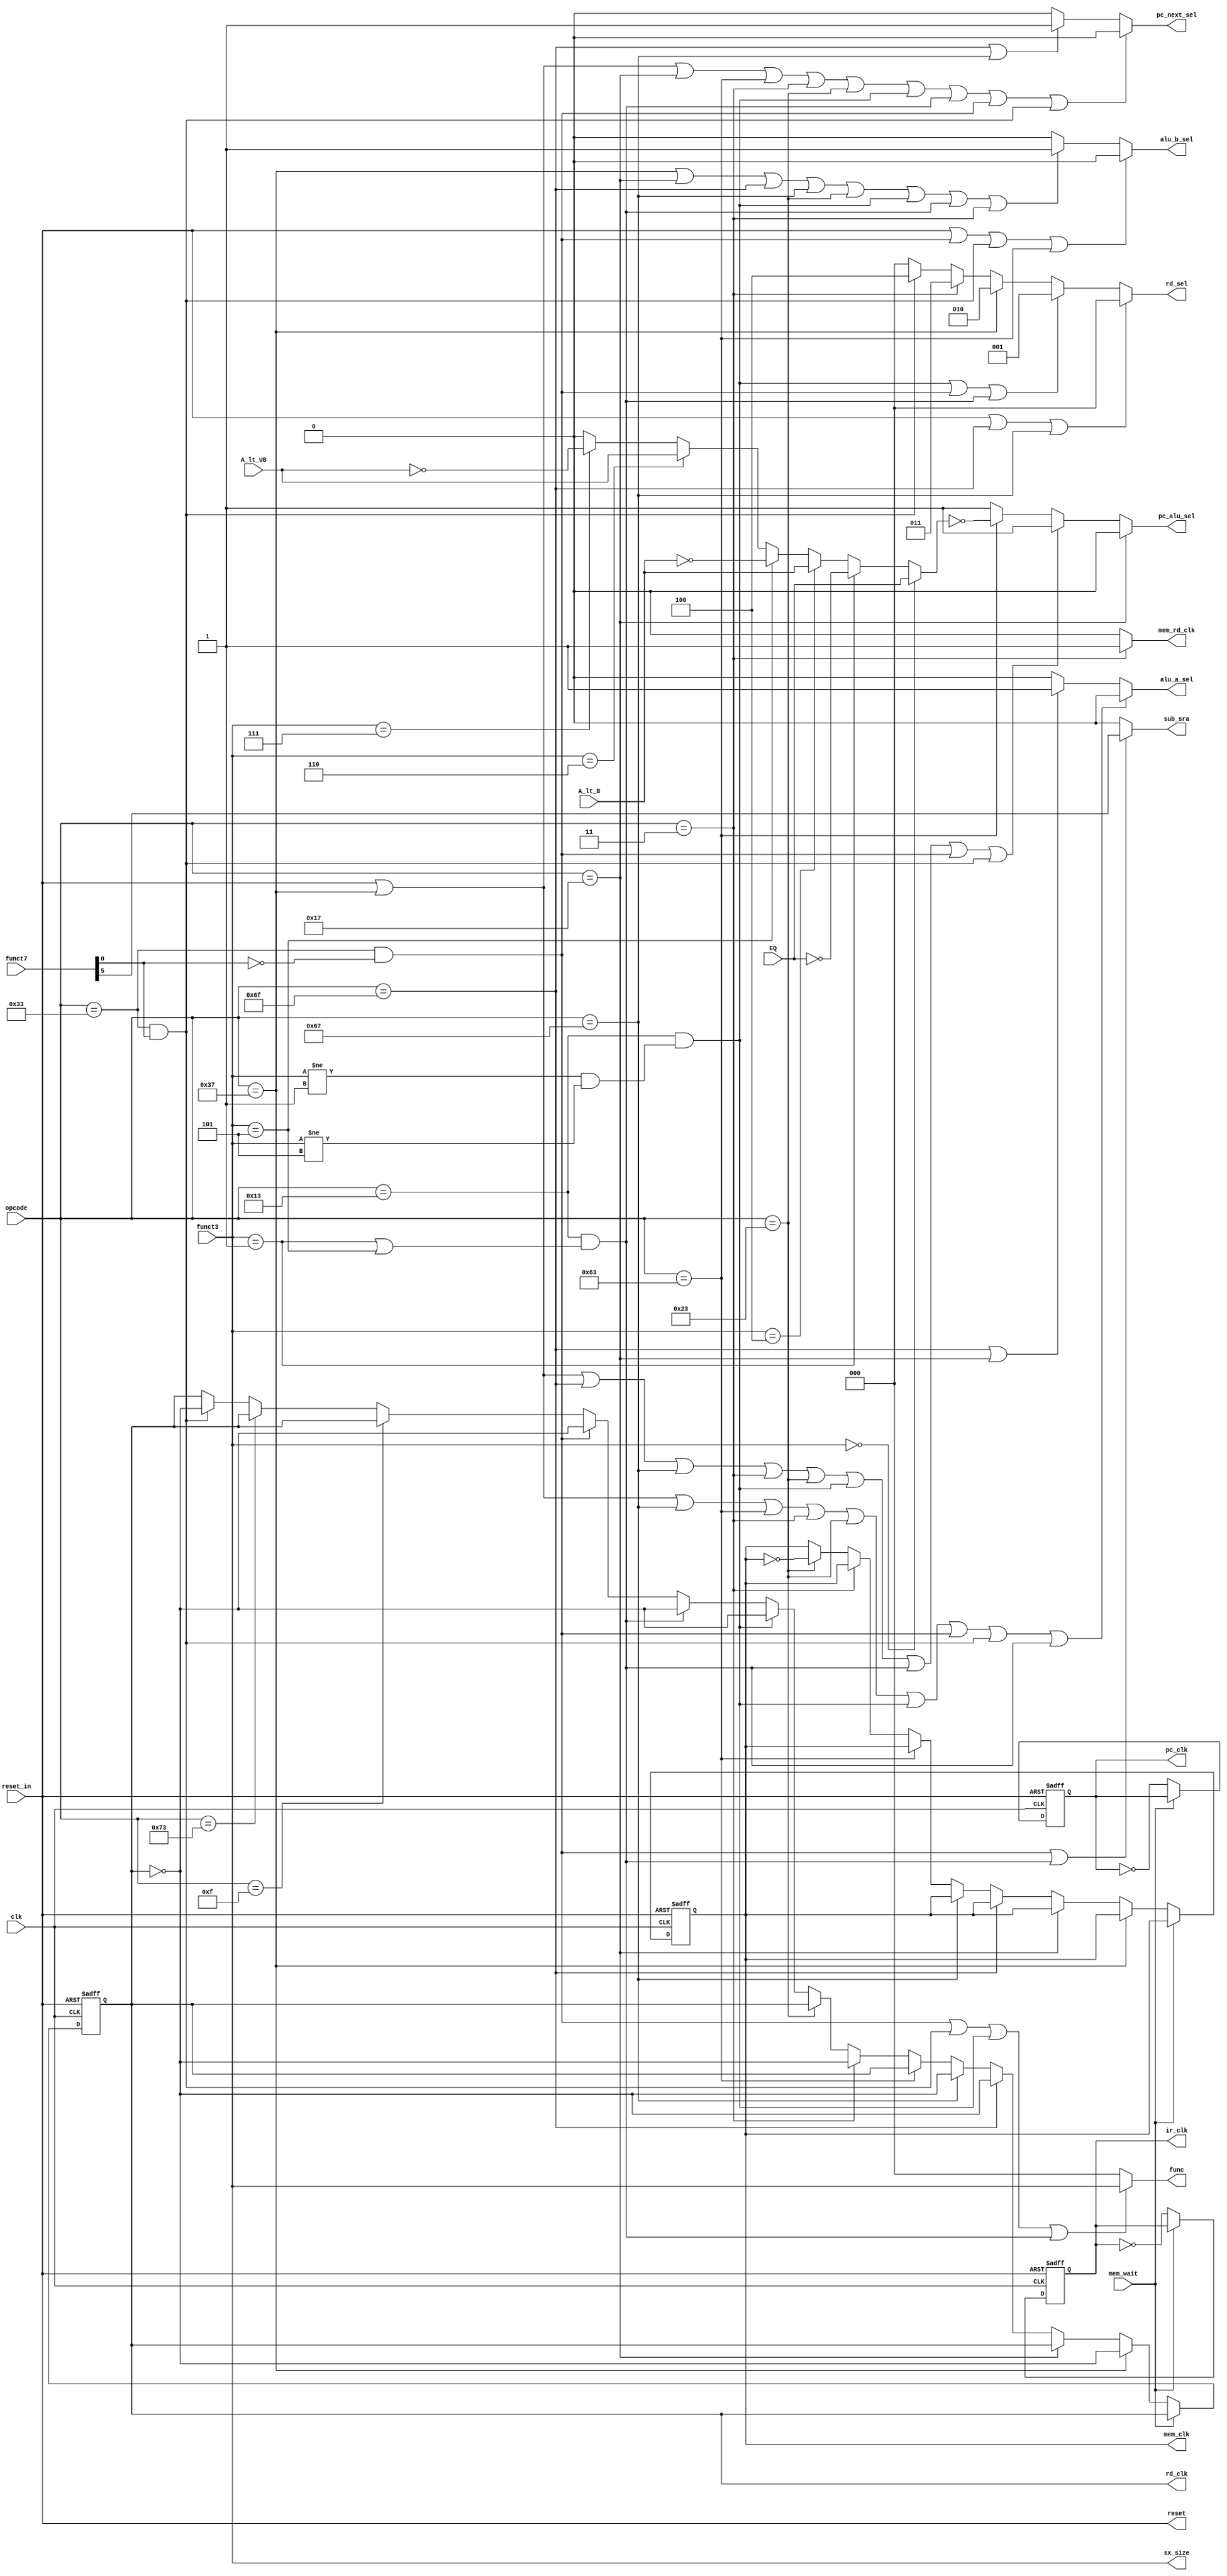
module control_fsm(

	input					clk,
	input					reset_in,
	input		[6:0]		opcode,
	input		[2:0]		funct3,
	input		[6:0]		funct7,
	input					A_lt_UB,
	input					A_lt_B,
	input					EQ,
	input					mem_wait,
	
	output		[2:0]	func,
	output				sub_sra,
	output		[2:0]	rd_sel,
	output				alu_a_sel,
	output				alu_b_sel,
	output				pc_alu_sel,
	output				pc_next_sel,
	output			[2:0]	sx_size,
	output					reset,
	output					mem_rd_clk,
	output	reg			mem_clk,
	output	reg			rd_clk,
	output	reg			pc_clk,
	output	reg			ir_clk
);

wire isLUI = 		(opcode == 7'b0110111);
wire isAUIPC = 	(opcode == 7'b0010111);
wire isJAL = 		(opcode == 7'b1101111);
wire isJALR = 		(opcode == 7'b1100111);
wire isBranch = 	(opcode == 7'b1100011);
wire isLoad = 		(opcode == 7'b0000011);
wire isStore = 	(opcode == 7'b0100011);
wire isImmExe = 	(opcode == 7'b0010011 && (funct3 != 3'b001 && funct3 != 3'b101));
wire isImmExeS =  (opcode == 7'b0010011 && (funct3 == 3'b001 || funct3 == 3'b101));
wire isExe = 		(opcode == 7'b0110011 && funct7[0] == 1'b0);
wire isFence = 	(opcode == 7'b0001111);
wire isEins = 		(opcode == 7'b1110011);
wire isMul =		(opcode == 7'b0110011 && funct7[0] == 1'b1);

wire eqCheck =		(funct3 == 3'b000)	?	EQ			: 
					  ((funct3 == 3'b001)	?	~EQ		:
					  ((funct3 == 3'b100)	?	A_lt_B	:
					  ((funct3 == 3'b101)	?	~A_lt_B	:
					  ((funct3 == 3'b110)	?	A_lt_UB	:
					  ((funct3 == 3'b111)	?	~A_lt_UB	:
														1'b0
														)))));

assign sx_size = funct3;

assign func = 	(isExe || isMul || isImmExe || isImmExeS) ?  funct3 : 3'b000;

assign reset = reset_in;

assign sub_sra = (isExe|| isImmExeS) ? funct7[5] : 1'b0;

assign rd_sel = 	(reset_in || isJAL || isJALR) 	?	3'b000	:
					  ((isImmExe || isExe || isImmExeS)	?	3'b001	:
					  ((isLUI)									?	3'b010	:
					  ((isLoad)									?	3'b011	:
					  ((isMul)									?	3'b100	:
																		3'b000
																		))));
																		
assign alu_a_sel =	(reset_in || isLUI || isJALR || isBranch || isLoad || isStore || isImmExe || isExe || isMul || isImmExeS)	?	1'b0	:
						  ((isJAL || isAUIPC)																														?	1'b1	:
																																												1'b0
																																												);
																																							
assign alu_b_sel = 	(reset_in || isExe || isMul || isBranch)															?	1'b0	:
						  ((isLUI || isAUIPC || isJAL || isJALR || isStore || isImmExe || isImmExeS || isLoad)	?	1'b1	:
																																				1'b0
																																				);
																													
assign pc_next_sel = 	(reset_in || isLUI || isAUIPC || isBranch || isLoad || isStore || isImmExe || isImmExeS || isExe || isMul) 	?	1'b0	:
							  ((isJAL || isJALR)																															?	1'b1	:
																																													1'b0	
																																													);

assign pc_alu_sel = 		(isAUIPC)																																?	1'b0			:
							  ((reset_in ||isLUI || isJAL || isJALR || isLoad || isStore || isImmExe || isImmExeS || isExe || isMul)		?	1'b1			:
							  ((isBranch)																																?	~eqCheck	:
																																												1'b1
																																												));
					
assign mem_rd_clk = (isLoad) ? 1'b1 :1'b0;
					
							 																																						
always @(posedge clk or posedge reset_in) begin
	if (reset_in) begin
		rd_clk <= 1'b0;
		ir_clk <= 1'b0;
		pc_clk <= 1'b0;
		mem_clk <= 1'b0;
		
	end
	else if (mem_wait) begin
	end
	else if (isLUI) begin
		ir_clk <= !ir_clk;
		pc_clk <= !pc_clk;
		rd_clk <= ~rd_clk;
		
	end
	else if (isAUIPC) begin
		ir_clk <= !ir_clk;
		pc_clk <= !pc_clk;
		
	end
	else if (isJAL) begin
		ir_clk <= !ir_clk;
		pc_clk <= !pc_clk;
		rd_clk <= ~rd_clk;
	
	end
	else if (isJALR) begin
		ir_clk <= !ir_clk;
		pc_clk <= !pc_clk;
		rd_clk <= ~rd_clk;
		
	end
	else if (isBranch) begin
		ir_clk <= !ir_clk;
		pc_clk <= !pc_clk;
		
	end
	else if (isLoad) begin
		ir_clk <= !ir_clk;
		pc_clk <= !pc_clk;
		rd_clk <= ~rd_clk;
	end
	else if (isStore) begin
		ir_clk <= !ir_clk;
		pc_clk <= !pc_clk;
		mem_clk <= !mem_clk;
		
	end
	else if (isImmExe) begin
		ir_clk <= !ir_clk;
		pc_clk <= !pc_clk;
		rd_clk <= ~rd_clk;
		
	end
	else if (isImmExeS) begin
		ir_clk <= !ir_clk;
		pc_clk <= !pc_clk;
		rd_clk <= ~rd_clk;
		
	end
	else if (isExe) begin
		ir_clk <= !ir_clk;
		pc_clk <= !pc_clk;
		rd_clk <= ~rd_clk;
		
	end
	else if (isFence) begin
		ir_clk <= !ir_clk;
		pc_clk <= !pc_clk;
		
		// No Clue
	end
	else if (isEins) begin
		ir_clk <= !ir_clk;
		pc_clk <= !pc_clk;
		
		// No Clue
	end
	else if (isMul) begin
		ir_clk <= !ir_clk;
		pc_clk <= !pc_clk;
		rd_clk <= ~rd_clk;
		
	end
	else begin
		ir_clk <= !ir_clk;
		pc_clk <= !pc_clk;
		
	end
	
end

endmodule